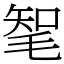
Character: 㲛